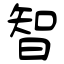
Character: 智